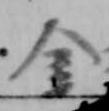
金